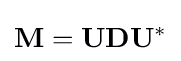
\mathbf {M} =\mathbf {U} \mathbf {D} \mathbf {U} ^{*}